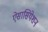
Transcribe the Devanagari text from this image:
ऐसासियेशन